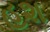
હશ